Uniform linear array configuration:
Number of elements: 8
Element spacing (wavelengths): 0.5
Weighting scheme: blackman
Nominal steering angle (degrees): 30
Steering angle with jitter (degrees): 28.369
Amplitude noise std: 0.05
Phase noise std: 0.05

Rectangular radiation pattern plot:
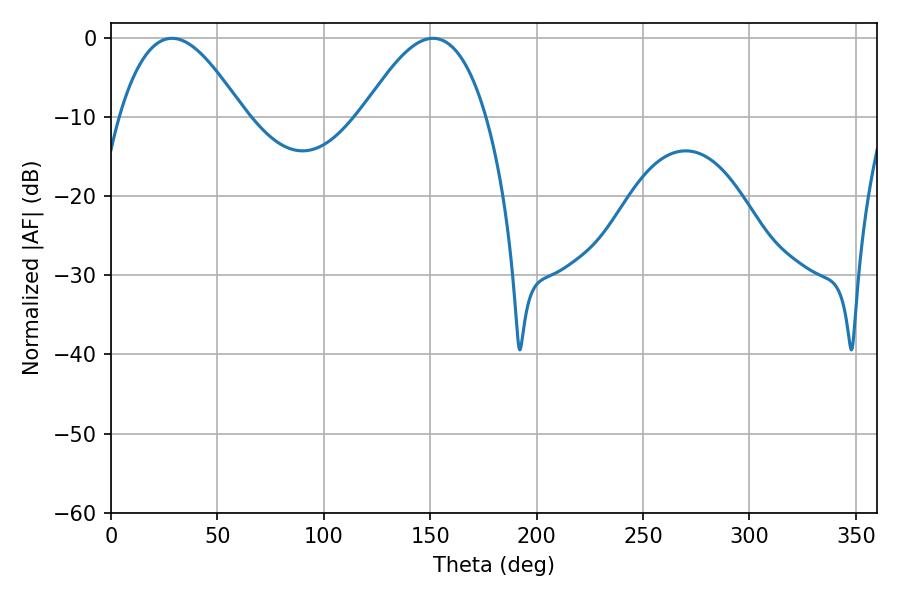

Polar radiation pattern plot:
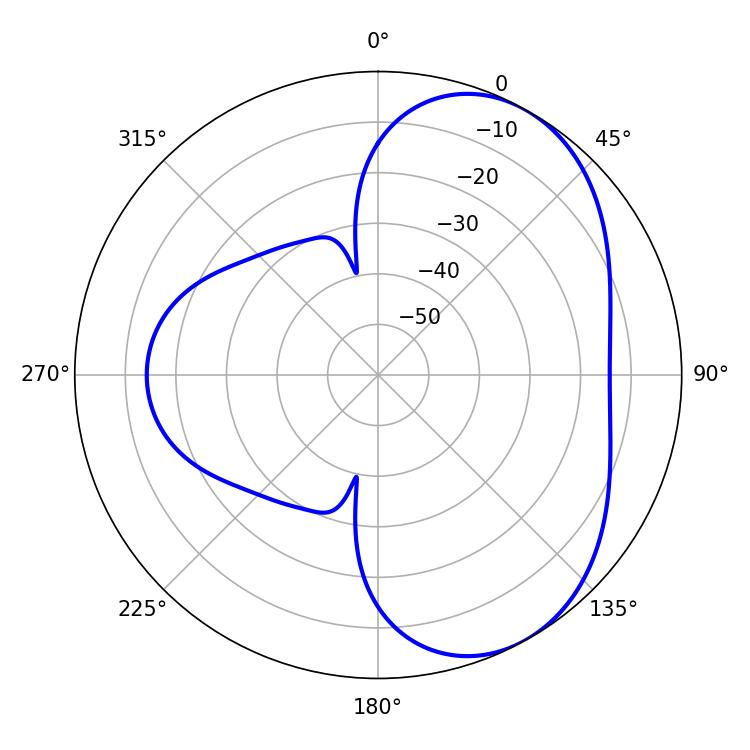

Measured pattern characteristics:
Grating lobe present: FALSE
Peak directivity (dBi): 5.096
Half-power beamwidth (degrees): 31.68
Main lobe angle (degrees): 28.62